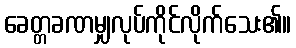
ခေတ္တခဏမျှလုပ်ကိုင်လိုက်သေး၏။